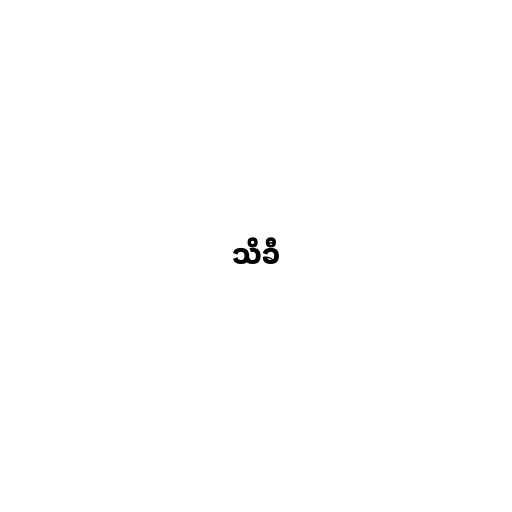
သိခီ